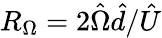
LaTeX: R_{\Omega}=2\hat{\Omega}\hat{d}/\hat{U}